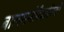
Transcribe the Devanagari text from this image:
बालमनोवैज्ञानिकों